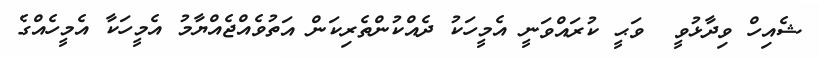
ޝެއިހް ވިދާޅުވީ  ވަޙީ ކުރައްވަނީ އެމީހަކު ދެއްކުންތެރިކަން އަތުވެއްޖެއްޔާމު އެމީހަކާ އެމީހެއްގެ